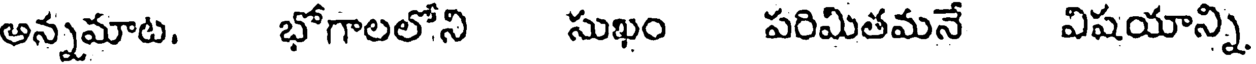
అన్నమాట. భోగాలలోని సుఖం పరిమితమనే విషయాన్ని